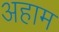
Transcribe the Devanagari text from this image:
अहाम